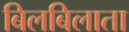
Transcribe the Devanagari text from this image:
बिलबिलाता